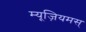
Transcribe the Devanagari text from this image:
म्यूज़ियमस्